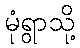
မုံရွာသို့